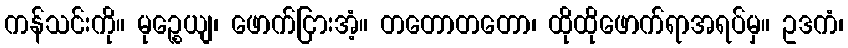
ကန်သင်းကို။ မုဉ္စေယျ၊ ဖောက်ငြားအံ့။ တတောတတော၊ ထိုထိုဖောက်ရာအရပ်မှ။ ဥဒကံ၊